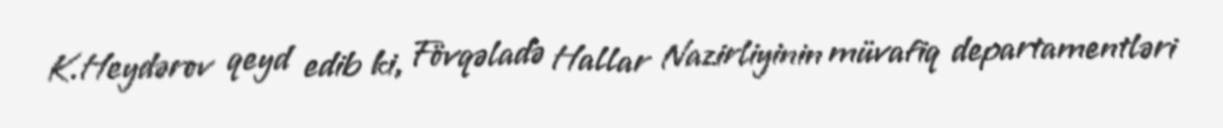
K.Heydərov qeyd edib ki, Fövqəladə Hallar Nazirliyinin müvafiq departamentləri